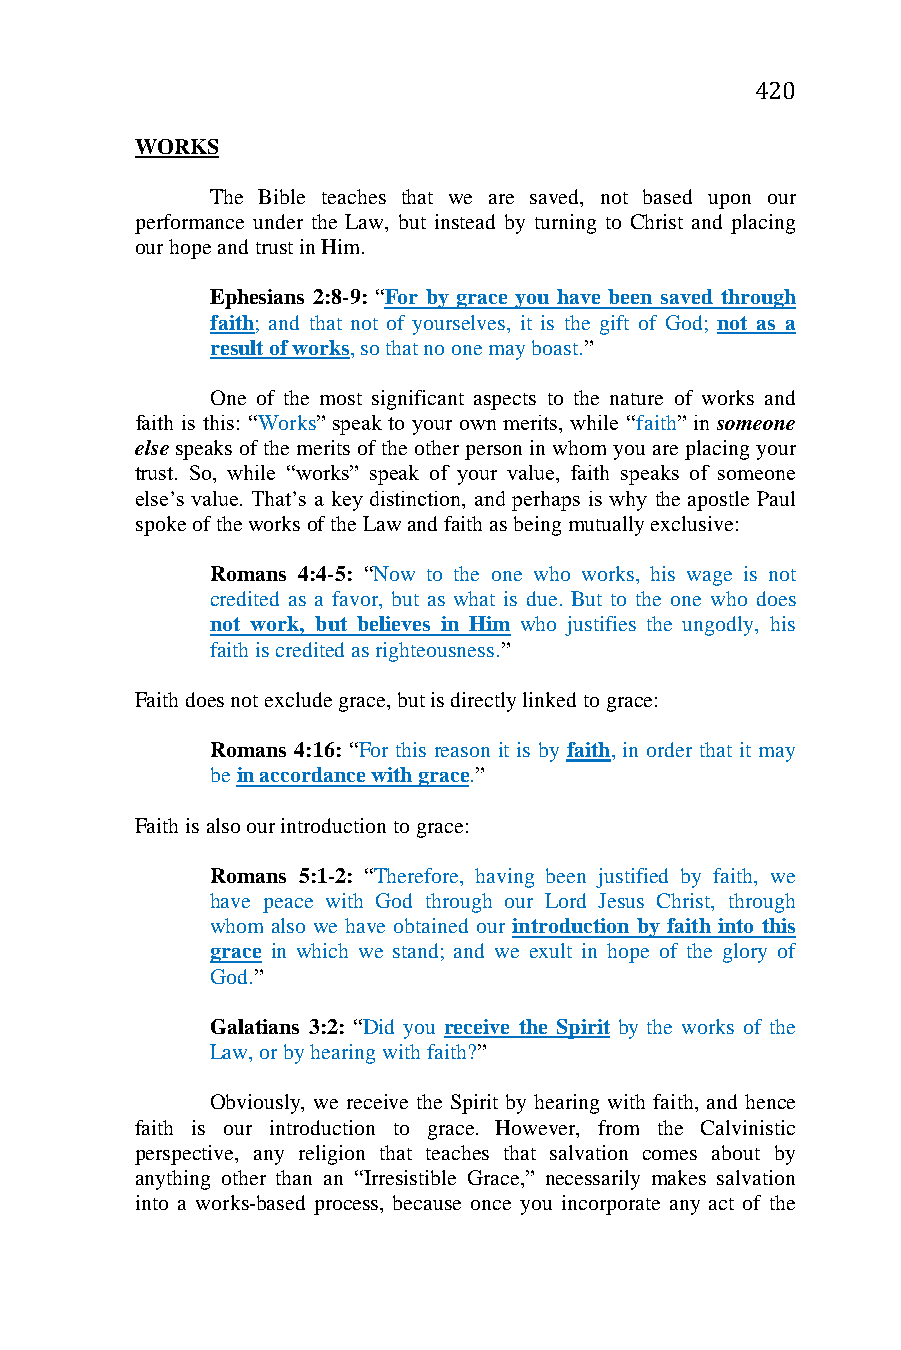
420
 WORKS
 The Bible teaches that we are saved, not based upon our
 performance under the Law, but instead by turning to Christ and placing
 our hope and trust in Him.
 Ephesians 2:8-9: “For by grace you have been saved through
 faith; and that not of yourselves, it is the gift of God; not as a
 result of works, so that no one may boast.”
 One of the most significant aspects to the nature of works and
 faith is this: “Works” speak to your own merits, while “faith” in someone
 else speaks of the merits of the other person in whom you are placing your
 trust. So, while “works” speak of your value, faith speaks of someone
 else’s value. That’s a key distinction, and perhaps is why the apostle Paul
 spoke of the works of the Law and faith as being mutually exclusive:
 Romans 4:4-5: “Now to the one who works, his wage is not
 credited as a favor, but as what is due. But to the one who does
 not work, but believes in Him who justifies the ungodly, his
 faith is credited as righteousness.”
 Faith does not exclude grace, but is directly linked to grace:
 Romans 4:16: “For this reason it is by faith, in order that it may
 be in accordance with grace.”
 Faith is also our introduction to grace:
 Romans 5:1-2: “Therefore, having been justified by faith, we
 have peace with God through our Lord Jesus Christ, through
 whom also we have obtained our introduction by faith into this
 grace in which we stand; and we exult in hope of the glory of
 God.”
 Galatians 3:2: “Did you receive the Spirit by the works of the
 Law, or by hearing with faith?”
 Obviously, we receive the Spirit by hearing with faith, and hence
 faith is our introduction to grace. However, from the Calvinistic
 perspective, any religion that teaches that salvation comes about by
 anything other than an “Irresistible Grace,” necessarily makes salvation
 into a works-based process, because once you incorporate any act of the